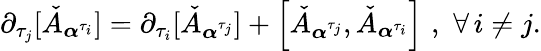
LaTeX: \partial_{\tau_{j}}[\check{A}_{\boldsymbol{\alpha}^{\tau_{i}}}]=\partial_{\tau_{i}}[\check{A}_{\boldsymbol{\alpha}^{\tau_{j}}}]+\left[\check{A}_{\boldsymbol{\alpha}^{\tau_{j}}},\check{A}_{\boldsymbol{\alpha}^{\tau_{i}}}\right]\, \, ,\, \, \forall\, i\neq j.